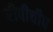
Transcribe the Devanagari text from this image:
रीपीचीप